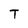
Character: T